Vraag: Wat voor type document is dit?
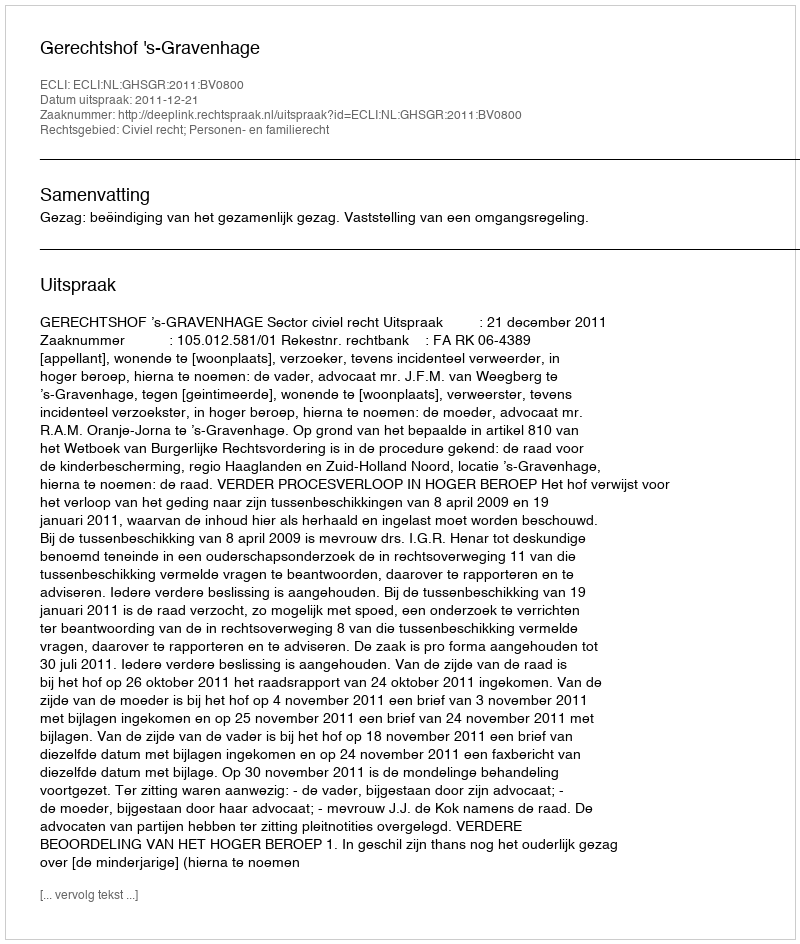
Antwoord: Uitspraak